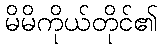
မိမိကိုယ်တိုင်၏